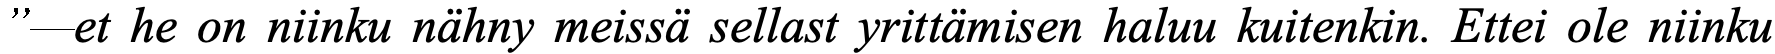
”—et he on niinku nähny meissä sellast yrittämisen haluu kuitenkin. Ettei ole niinku